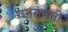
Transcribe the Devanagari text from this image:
वनसंपत्ती